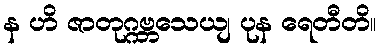
န ဟိ ဇာတုဂ္ဂဗ္ဘသေယျ ပုန ရေတီတိ။